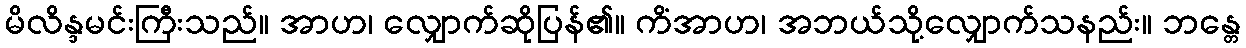
မိလိန္ဒမင်းကြီးသည်။ အာဟ၊ လျှောက်ဆိုပြန်၏။ ကိံအာဟ၊ အဘယ်သို့လျှောက်သနည်း။ ဘန္တေ